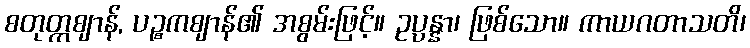
စတုတ္ကဈာန်, ပဉ္စကဈာန်၏ အစွမ်းဖြင့်။ ဥပ္ပန္နာ၊ ဖြစ်သော။ ကာယဂတာသတိ၊